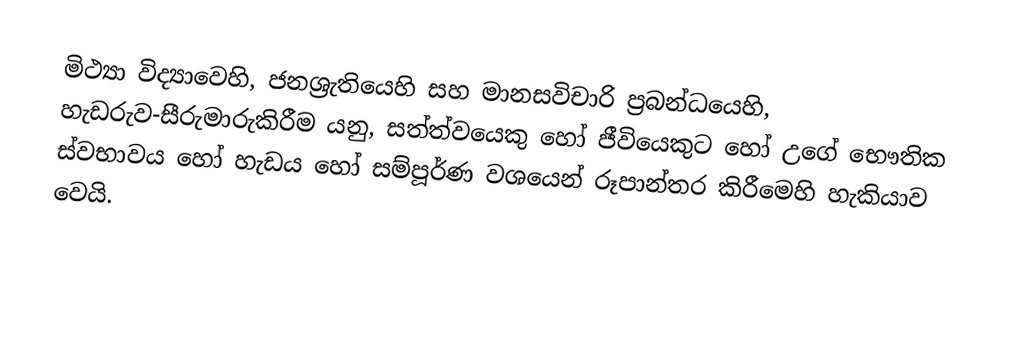
මිථ්‍යා විද්‍යාවෙහි,   ජනශ‍්‍රැතියෙහි සහ  මානසවිචාරි ප්‍රබන්ධයෙහි, හැඩරුව-සීරුමාරුකිරීම යනු,  සත්ත්වයෙකු හෝ ජීවියෙකුට හෝ උගේ භෞතික ස්වභාවය හෝ හැඩය හෝ සම්පූර්ණ වශයෙන් රූපාන්තර කිරීමෙහි හැකියාව වෙයි.